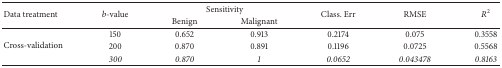
<table><thead><tr><td rowspan="2"><b>Data treatment</b></td><td rowspan="2"><b><i>b</i>-value</b></td><td colspan="2"><b>Sensitivity</b></td><td rowspan="2"><b>Class. Err</b></td><td rowspan="2"><b>RMSE</b></td><td rowspan="2"><b><i>R</i><sup>2</sup></b></td></tr><tr><td><b>Benign</b></td><td><b>Malignant</b></td></tr></thead><tbody><tr><td rowspan="3">Cross-validation</td><td>150</td><td>0.652</td><td>0.913</td><td>0.2174</td><td>0.075</td><td>0.3558</td></tr><tr><td>200</td><td>0.870</td><td>0.891</td><td>0.1196</td><td>0.0725</td><td>0.5568</td></tr><tr><td><i>300</i></td><td><i>0.870</i></td><td><i>1</i></td><td><i>0.0652</i></td><td><i>0.043478</i></td><td><i>0.8163</i></td></tr></tbody></table>